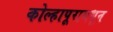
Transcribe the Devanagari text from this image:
कोल्हापूरामधून